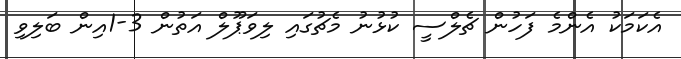
އެކަމަކު އެންމެ ފަހުން ޗެލްސީ ކުޅުނު މެޗުގައި ލިވަޕޫލް އަތުން 3-1އިން ބަލިވި